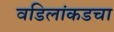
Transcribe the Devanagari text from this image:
वडिलांकडचा